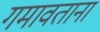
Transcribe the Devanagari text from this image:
गमावताना